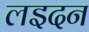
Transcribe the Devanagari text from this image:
लइदन